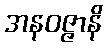
အနဝဇ္ဇာနိ